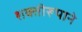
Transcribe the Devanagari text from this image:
शक्तीरूपाने